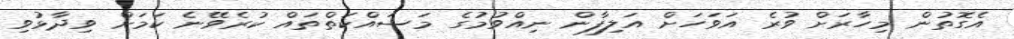
އެގޮތުން މިހާރަށް ވުރެ އަވަހަށް އަލިފާން ނިއްވުމުގެ މަސައްކަތްތައް ކުރެވޭނެ ކަމަށް ވިދާޅުވި